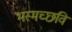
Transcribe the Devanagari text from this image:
भस्मच्छवि